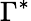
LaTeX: \Gamma^{*}